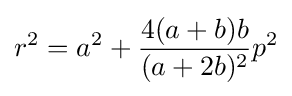
r^{2}=a^{2}+{\frac {4(a+b)b}{(a+2b)^{2}}}p^{2}